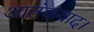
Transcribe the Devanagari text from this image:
आतंकवाद।